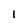
Character: 1